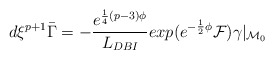
\begin{align*}d\xi^{p+1} \bar\Gamma = - {e^{{1\over 4} (p-3) \phi} \over L_{DBI}} exp(e^{{-{1\over 2}\phi}} {\cal F}) \gamma \vert_{{\cal M}_0}\end{align*}